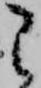
こ